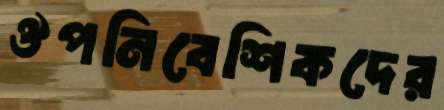
ঔপনিবেশিকদের